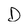
Character: D